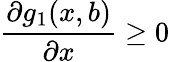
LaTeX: \frac{\partial g_{1}(x,b)}{\partial x}\geq 0